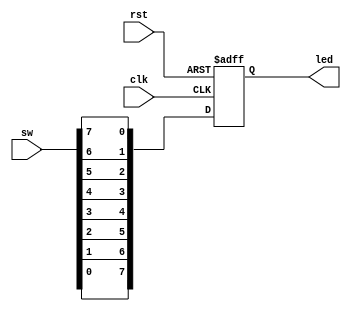
`timescale 1ns / 1ps
//////////////////////////////////////////////////////////////////////////////////
// Company: 
// Engineer: 
// 
// Design Name: 
// Module Name: cnt
// Project Name: 
// Target Devices: 
// Tool Versions: 
// Description: 
// 
// Dependencies: 
// 
// Revision:
// Revision 0.01 - File Created
// Additional Comments:
// 
//////////////////////////////////////////////////////////////////////////////////


module test(
input               clk,
input               rst,
input       [7:0]   sw,
output reg  [7:0]   led);
always@(posedge clk or posedge rst)
begin
    if(rst)
        led <= 8'haa;
    else
        led <= {sw[0],sw[1],sw[2],sw[3],sw[4],sw[5],sw[6],sw[7]};
end

endmodule